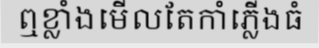
ឮខ្លាំងមើលតែកាំភ្លើងធំ